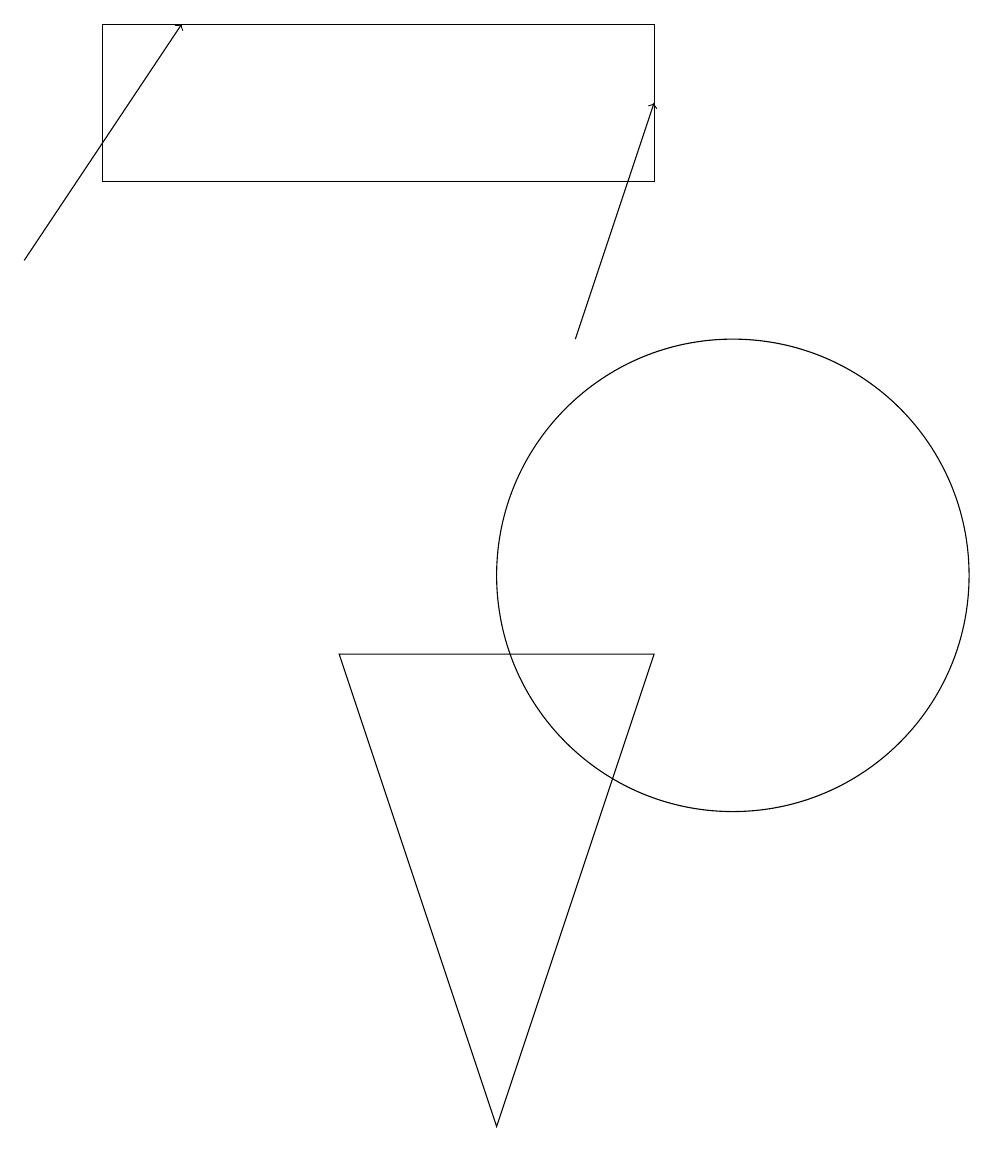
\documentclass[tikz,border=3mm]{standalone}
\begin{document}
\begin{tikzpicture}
\draw (7,3) -- (5,9) -- (9,9) -- cycle;
\draw[->] (8,13) -- (9,16);
\draw[->] (1,14) -- (3,17);
\draw (10,10) circle (3);
\draw (9,17) rectangle (2,15);
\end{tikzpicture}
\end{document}